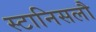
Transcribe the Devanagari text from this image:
स्टानिसलौ